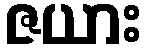
ဇယား